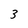
Character: 3